Vaccination Hyderabad 1872-1889 - 1872-1889
Year: 1872
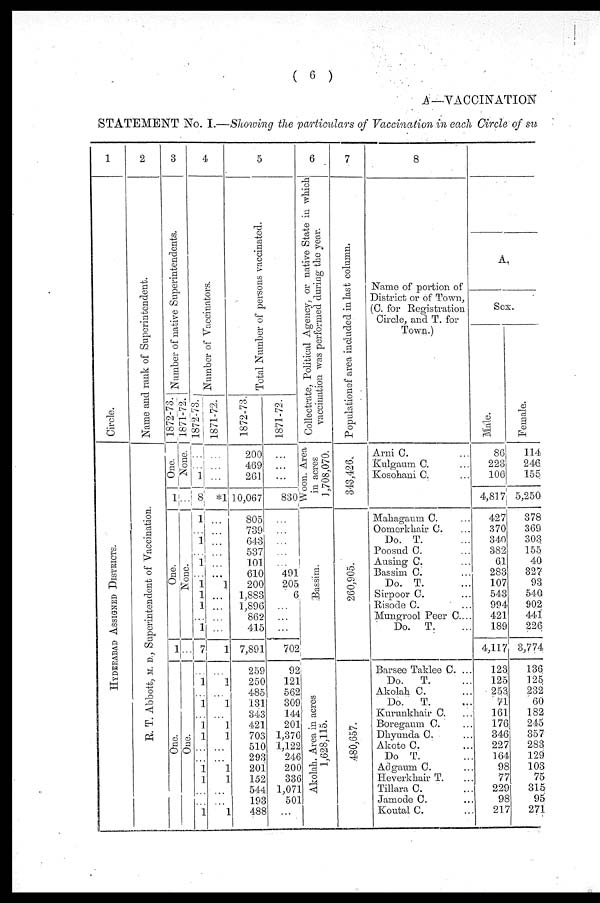
( 6 )
A —VACCINATION
STATEMENT No. I.—Showing the particulars of Vaccination in each Circle of su
1
Circle.
HYDERABAD ASSIGNED DISTRICTS.
2
Name and rank of Superintendent.
R. T. Abbott, M. D., Superintendent of Vaccination.
3
Number of native Superintendents.
1872-73.
One.
1
One.
1
One.
1871-72.
None.
...
None.
...
One.
4
Number of Vaccinators.
1872-73.
...
...
1
8
1
...
1
...
1
...
1 1
1
...
1
7
...
1
...
1
...
1 1
...
...
1 1
...
...
1
1871-72.
...
...
...
*1
...
...
...
...
...
...
1
...
...
...
...
1
...
1
...
1
...
1
1
...
...
1
1
...
...
1
5
Total Number of persons vaccinated.
1872-73.
200
469
261
10,067
805
739
643
537
101
610
200
1,883
1,896
862
415
7,891
259
250
485
131
343
421
703
510
293
201
152
544
193
488
1871-72.
...
...
...
830
...
...
...
...
...
491
205
6
...
...
...
702
92
121
562
309
144
201
1,376
1,122
246
200
336
1,071
501
...
6
Collectrate, Political Agency, or native State in which
vaccination was performed during the year.
Woon. Area
in acres
1,708,070.
Bassim.
Akolah. Area in acres
1,628,115.
7
Populution of area included in last column.
343,426.
260,905.
480,657.
8
Name of portion of
District or of Town,
(C. for Registration
Circle, and T. for
Town.)
Arni C. ...
Kulgaum C. ...
Kosohani C. ...
Mahagaum C. ...
Oomerkhair C. ...
Do. T. ...
Poosud C. ...
Ausing C. ...
Bassim C. ...
Do. T. ...
Sirpoor C. ...
Risode C. ...
Mungrool Peer C...
Do. T. ...
Barsee Taklee C. ...
Do.
T. ...
Akolah C. ...
Do.
T.
...
Kurunkhair C. ...
Boregaum C. ...
Dhyunda C. ...
Akote C. ...
Do T. ...
Adgaum C. ...
Heverkhair T. ...
Tillara C. ...
Jamode C. ...
Koutal C. ...
A.
Sex.
Male.
86
223
106
4,817
427
370
340
382
61
283
107
543
994
421
189
4,117
123
125
253
71
161
176
346
227
164
98
77
229
98
217
Female.
114
246
155
5,250
378
369
303
155
40
327
93
540
902
441
226
3,774
136
125
232
60
182
245
357
283
129
103
75
315
95
271